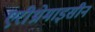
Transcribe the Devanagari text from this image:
एरीथ्रोमाइसीन